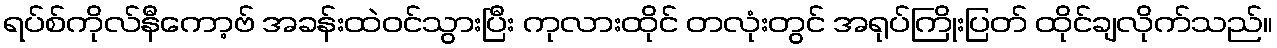
ရပ်စ်ကိုလ်နီကော့ဗ် အခန်းထဲဝင်သွားပြီး ကုလားထိုင် တလုံးတွင် အရုပ်ကြိုးပြတ် ထိုင်ချလိုက်သည်။